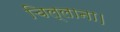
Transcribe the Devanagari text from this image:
चिल्लाना।